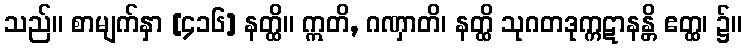
သည်။ စာမျက်နှာ [၄၁၆] နတ္ထိ။ ဣတိ, ဂဏှာတိ၊ နတ္ထိ သုဂတဒုက္ကဋာနန္တိ ဧတ္ထ၊ ၌။